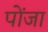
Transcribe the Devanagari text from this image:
पोंजा